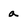
Character: a